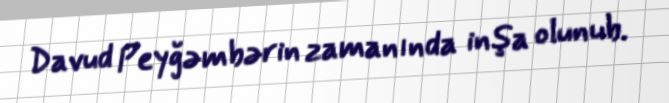
Davud Peyğəmbərin zamanında inşa olunub.